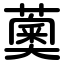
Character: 薁